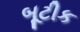
બૂટીક